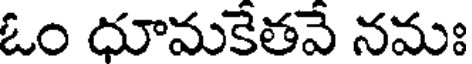
ఓం ధూమకేతవే నమః